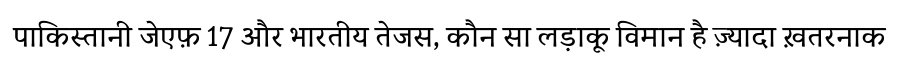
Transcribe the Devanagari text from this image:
पाकिस्तानी जेएफ़ 17 और भारतीय तेजस, कौन सा लड़ाकू विमान है ज़्यादा ख़तरनाक